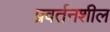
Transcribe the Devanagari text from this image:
प्रवर्तनशील